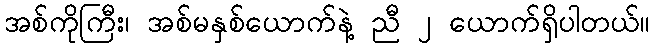
အစ်ကိုကြီး၊ အစ်မနှစ်ယောက်နဲ့ ညီ ၂ ယောက်ရှိပါတယ်။